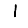
Digit: 1